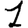
Digit: 1